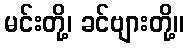
မင်းတို့၊ ခင်ဗျားတို့။